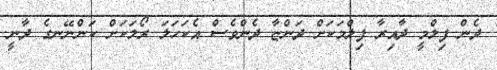
ދެން ފިލްމީ ދާއިރާ ފިލްމަކަށް ދަންޏާ ދެންވެސް އެކަހަލަ ރޯލަކަށް ކަންނޭނގެ ދާނީ.